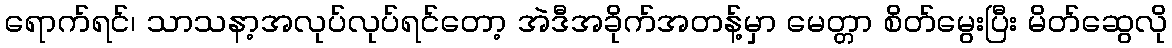
ရောက်ရင်၊ သာသနာ့အလုပ်လုပ်ရင်တော့ အဲဒီအခိုက်အတန့်မှာ မေတ္တာ စိတ်မွေးပြီး မိတ်ဆွေလို